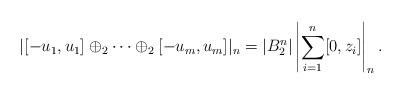
LaTeX: \begin{align*}|[-u_1,u_1]\oplus_2\cdots\oplus_2[-u_m,u_m]|_n=|B_2^n|\left|\sum_{i=1}^n[0,z_i]\right|_n.\end{align*}